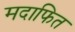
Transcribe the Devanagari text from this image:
मदाफित